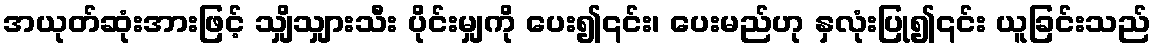
အယုတ်ဆုံးအားဖြင့် သျှိသျှားသီး ပိုင်းမျှကို ပေး၍၎င်း၊ ပေးမည်ဟု နှလုံးပြု၍၎င်း ယူခြင်းသည်